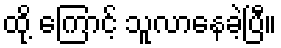
ထို့ ကြောင့် သူလာနေခဲ့ပြီ။